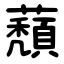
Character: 蘈